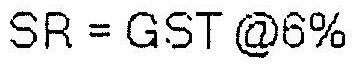
SR = GST @6%